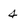
Character: 4